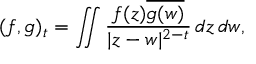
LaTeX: ( f , g ) _ { t } = \iint { \frac { f ( z ) { \overline { { g ( w ) } } } } { | z - w | ^ { 2 - t } } } \, d z \, d w ,